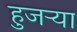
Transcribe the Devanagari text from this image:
हुजऱ्या